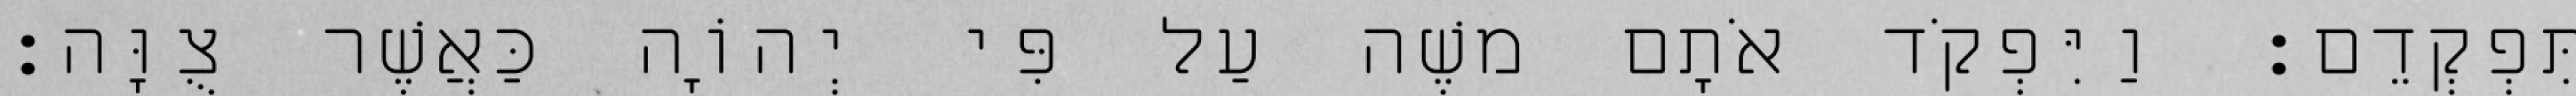
תִּפְקְדֵם׃ וַיִּפְקֹד אֹתָם משֶׁה עַל פִּי יְהוָֹה כַּאֲשֶׁר צֻוָּה׃